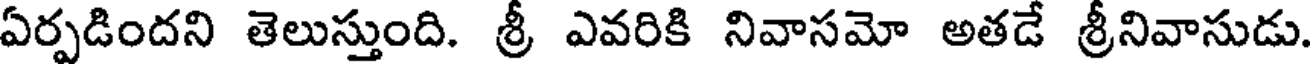
ఏర్పడిందని తెలుస్తుంది. శ్రీ ఎవరికి నివాసమో అతడే శ్రీనివాసుడు.